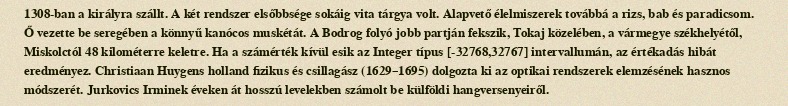
1308-ban a királyra szállt. A két rendszer elsőbbsége sokáig vita tárgya volt. Alapvető élelmiszerek továbbá a rizs, bab és paradicsom. Ő vezette be seregében a könnyű kanócos muskétát. A Bodrog folyó jobb partján fekszik, Tokaj közelében, a vármegye székhelyétől, Miskolctól 48 kilométerre keletre. Ha a számérték kívül esik az Integer típus [-32768,32767] intervallumán, az értékadás hibát eredményez. Christiaan Huygens holland fizikus és csillagász (1629–1695) dolgozta ki az optikai rendszerek elemzésének hasznos módszerét. Jurkovics Irminek éveken át hosszú levelekben számolt be külföldi hangversenyeiről.